Vaccination North-Western Provinces and Oudh 1878-1895 - 1878-1895
Year: 1878
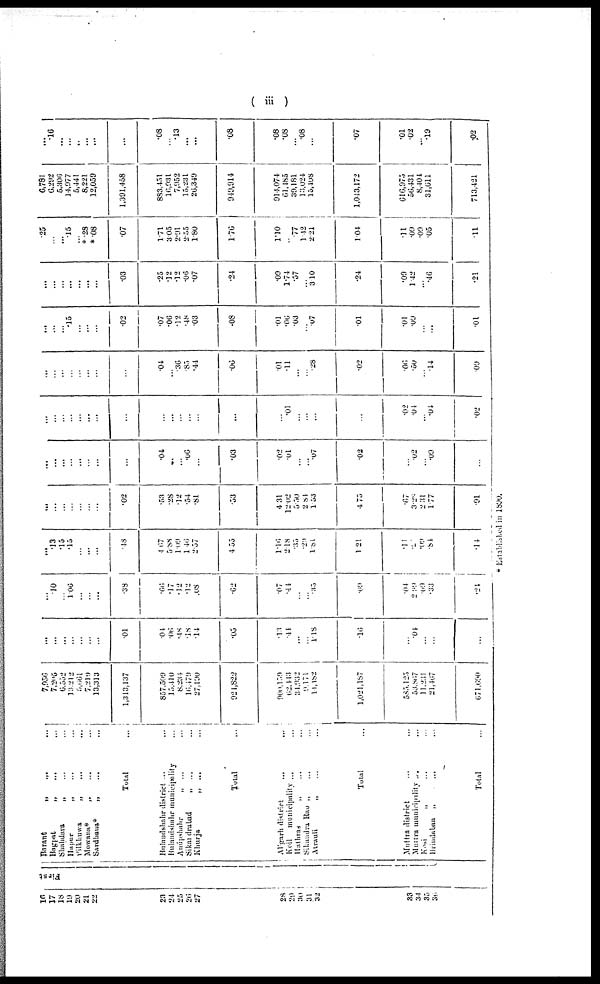
( iii )
16
17
18
19
20
21
22
23
24
25
26
27
29
30
31
32
33
34
35
36
First
Barant
„
...
...
Bagpat
„ ... ...
Shahdara
„ ... ...
Hapur
„ ... ...
Pilkhuwa
„
...
...
Mowana*
„
...
...
Sardhana*
„
...
...
Total
...
Bulandshahr district ... ...
Bulandshahr municipality
...
Anúpshahr
„ ... ...
Sikal drabad
„ ... ...
Khurja
„ ... ...
Total ...
Aligarh district ... ...
Koil
municipality ... ...
Hathras
„ ... ...
Sikandra Rao „ ... ...
Atrauli
„ ... ...
Total ...
Muttra district ... ...
Muttra municipality ... ...
Kosi
„ ... ...
Brindaban „ ... ...
Total „ ... ...
7,956
7,205
6,552
13,212
5,66l
7,219
13,313
1,313,137
857,500
15,440
8,234
16,479
27,190
921,822
900,159
62,443
34,932
9,171
14,182
1,021,187
585,125
53,867
11,231
21,467
671,690
...
...
...
...
...
...
...
.01
.04
.06
.18
.18
.14
.05
.13
.44
...
...
1. 18
.16
...
.04
...
...
...
...
.10
...
1.06
...
...
...
.38
.66
.17
.12
.12
.08
.62
.07
.44
...
...
0.35
.69
.04
2.99
.09
.33
.24
...
.13
.15
.15
...
...
...
.18
4.67
5.88
1.09
1.46
2.57
4.55
1.16
2.18
.35
.29
1.81
1.21
.11
2
.09
.84
.14
...
...
... ...
...
...
...
.02
.53
.28
.12
.54
.81
.53
4.31
12.02
5.50
2.84
1.53
4.75
.67
3.28
2.31
1 77
.01
...
...
...
...
...
...
...
...
.04
...
...
.06
...
.03
.02
.01
...
...
.07
.02
...
.02
...
.09
...
...
...
...
...
...
...
...
...
...
...
...
...
...
...
...
.01
...
...
...
...
.02
.04
...
.04
.02
...
...
...
...
...
...
...
...
.04
...
.36
.85
.44
.06
.01
.11
...
...
.28
.02
.06
.50
...
.14
09
...
...
...
.15
...
...
...
.02
.07
.06
.12
.48
.03
.08
.01
.06
.03
...
.07
.01
.01
.09
...
...
.01
...
...
...
...
... ...
...
.03
.25
.12
.12
.06
.07
.24
.09
1.74
.57
...
3.10
.24
.09
1.42
...
.46
.21
.25
...
...
.15
... *.28
*.08
.07
1.71
3.05
2.91
2.55
1.80
176
1.10
...
.77
1.42
2.21
1.04
.11
.09
.09
.05
.11
6,781
6,292
5,306
14,977
5,441
8,221
12,059
1,391,458
883,431
16,931
7,952
15,231
26,349
949,911
914,074
61,185
39,181
13,024
15,408
1,043,172
616,975
56,431
8,404
31,611
713,421
...
.16
...
...
... ...
...
...
.08
...
.13
...
...
.08
.08
.08
...
.08
...
.07
.01
.02
...
.19
.02
* Established in 1890.